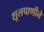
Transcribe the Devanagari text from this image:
शूलपाणीने